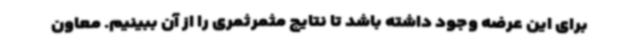
برای این عرضه وجود داشته باشد تا نتایج مثمرثمری را از آن ببینیم. معاون